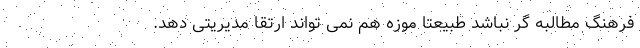
فرهنگ مطالبه گر نباشد طبیعتا موزه هم نمی تواند ارتقا مدیریتی دهد.